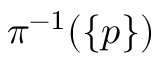
\pi ^ { - 1 } ( \{ p \} )